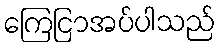
ကြေငြာအပ်ပါသည်